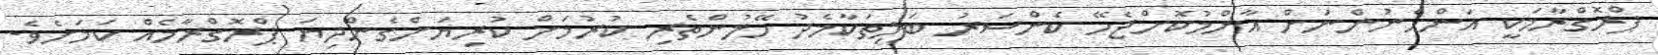
ޕްރޮގްރާމަކީ އަންހެނުންނަށް އާންމުކޮށްޖެހޭ ކެންސަރު ބަލިތަކާމެދު ހޭލުންތެރި ކުރުމަށް ކުރިޔަށްގެންދިޔަ ޕްރޮގްރާމެއް ކަމަށެވެ.